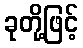
ခုတို့ဖြင့်